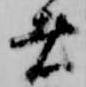
者